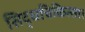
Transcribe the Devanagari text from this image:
सिद्धचिकित्सा।